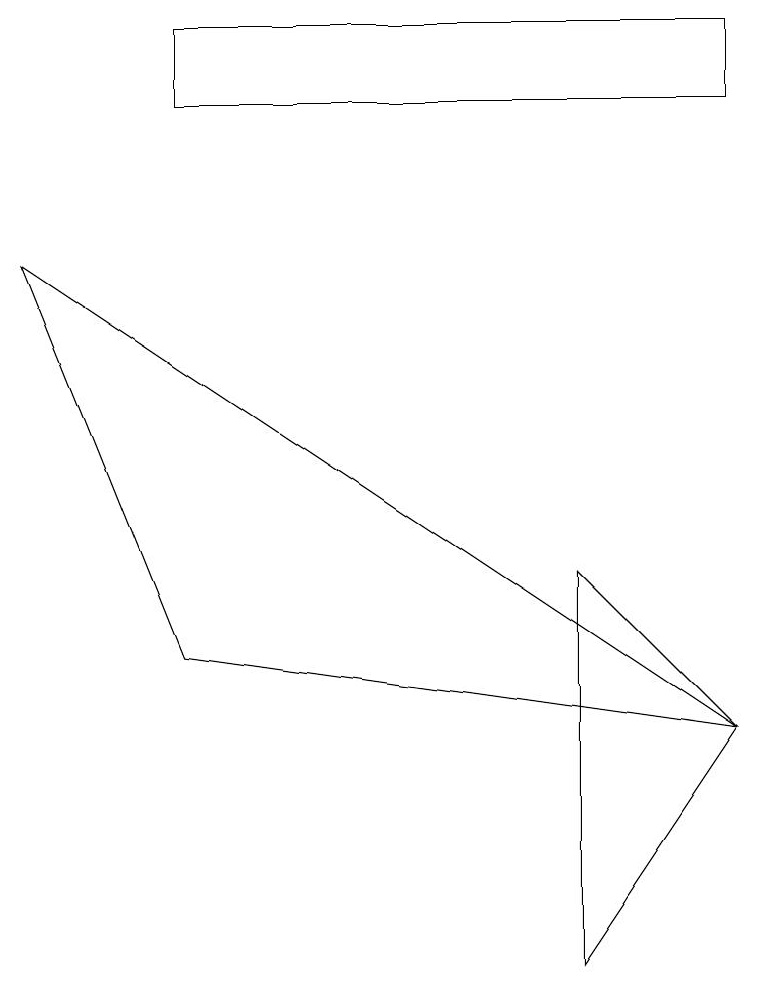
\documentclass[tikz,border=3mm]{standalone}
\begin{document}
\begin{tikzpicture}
\draw (9,3) -- (7,5) -- (7,0) -- cycle;
\draw (9,11) rectangle (2,12);
\draw (0,9) -- (2,4) -- (9,3) -- cycle;
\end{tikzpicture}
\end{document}